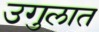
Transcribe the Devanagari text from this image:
उगुलात